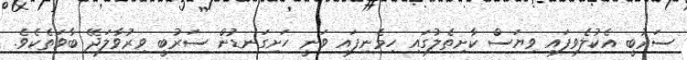
ސަރުބީ އެކުލެވިފައި ވިޔަސް ކާށިތެލުގައި ހިމެނިފައި ވަނީ ހަށިގަނޑުން ސަރުބީ ވިރުވާލަދޭ ބާވަތެކެވެ.